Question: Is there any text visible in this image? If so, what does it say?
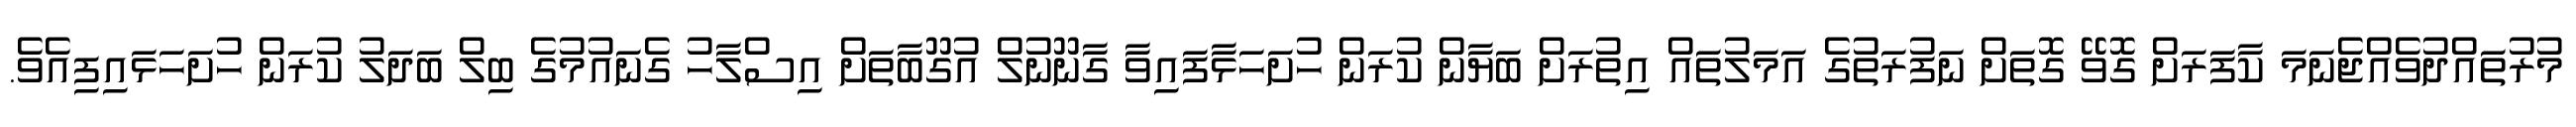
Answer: މުރުތައްދުވެއްޖެނަމަ ކާފަރަށް ގޮވޭ ގޮތަށް ނަފުރަތުގެ އަމަލުތައް އިތުރަށް ބަޔާން ކުރަން ހުށަހަޅާފައިވާ ގާނޫނުލް އުގޫބާތަށް އިސްލާހު ގެނައުމުގެ ބިލް ބަދަލު ކުރަން ހުށަހަޅައިފިއެވެ.